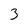
Character: 3